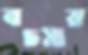
বচসায়